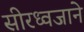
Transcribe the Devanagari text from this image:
सीरध्वजाने